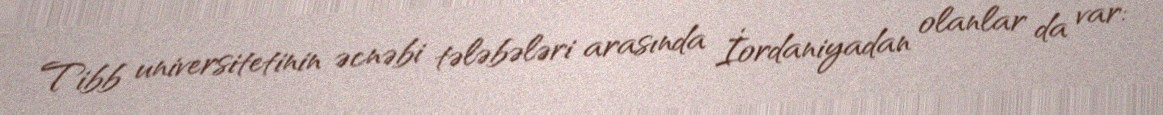
Tibb universitetinin əcnəbi tələbələri arasında İordaniyadan olanlar da var: